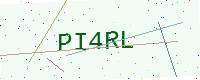
Text: PI4RL